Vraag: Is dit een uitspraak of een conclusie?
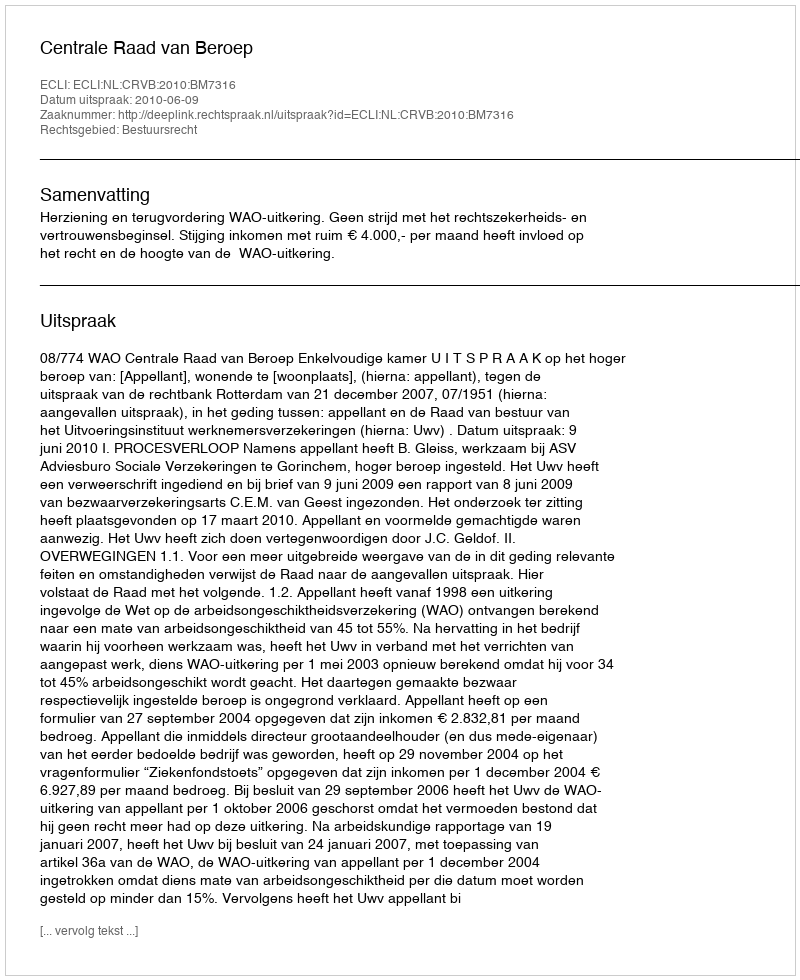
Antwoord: Uitspraak